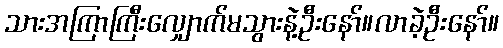
သားအကြာကြီးလျှောက်မသွားနဲ့ဦးနော်။လာခဲ့ဦးနော်။